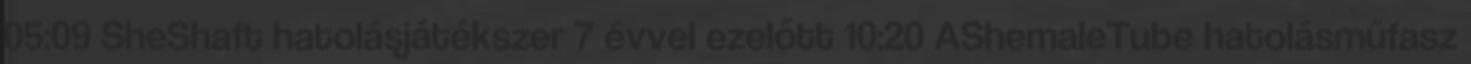
05:09 SheShaft hatolásjátékszer 7 évvel ezelőtt 10:20 AShemaleTube hatolásműfasz